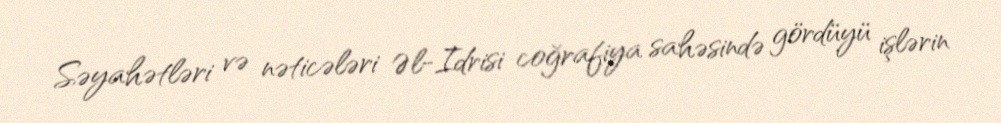
Səyahətləri və nəticələri Əl-Idrisi coğrafiya sahəsində gördüyü işlərin